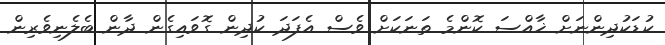
ކުޑަކުދިންނަށް ޚާއްސަ ކޮންމެ ތަނަކަށް ވެސް އެފަދަ ކުދިން ގޮވައިގެން ދާން ބެލެނިވެރިން